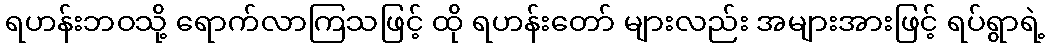
ရဟန်းဘဝသို့ ရောက်လာကြသဖြင့် ထို ရဟန်းတော် များလည်း အများအားဖြင့် ရပ်ရွာရဲ့